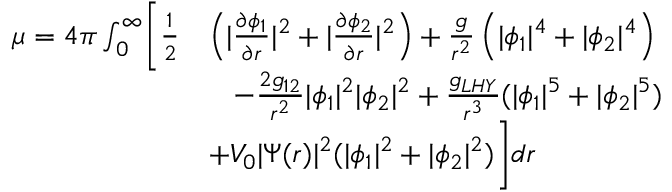
\begin{array} { r l } { \mu = 4 \pi \int _ { 0 } ^ { \infty } \biggl [ \frac { 1 } { 2 } \biggr . } & { \left( | \frac { \partial \phi _ { 1 } } { \partial r } | ^ { 2 } + | \frac { \partial \phi _ { 2 } } { \partial r } | ^ { 2 } \right) + \frac { g } { r ^ { 2 } } \left( | \phi _ { 1 } | ^ { 4 } + | \phi _ { 2 } | ^ { 4 } \right) } \\ & { \; \; \; - \frac { 2 g _ { 1 2 } } { r ^ { 2 } } | \phi _ { 1 } | ^ { 2 } | \phi _ { 2 } | ^ { 2 } + \frac { g _ { L H Y } } { r ^ { 3 } } ( | \phi _ { 1 } | ^ { 5 } + | \phi _ { 2 } | ^ { 5 } ) } \\ & { \biggl . + V _ { 0 } | \Psi ( r ) | ^ { 2 } ( | \phi _ { 1 } | ^ { 2 } + | \phi _ { 2 } | ^ { 2 } ) \biggr ] d r } \end{array}